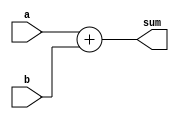
module adder4(a,b,sum);

input [3:0] a,b;
output [3:0] sum;
wire [3:0] sum;

assign sum = a + b;

endmodule